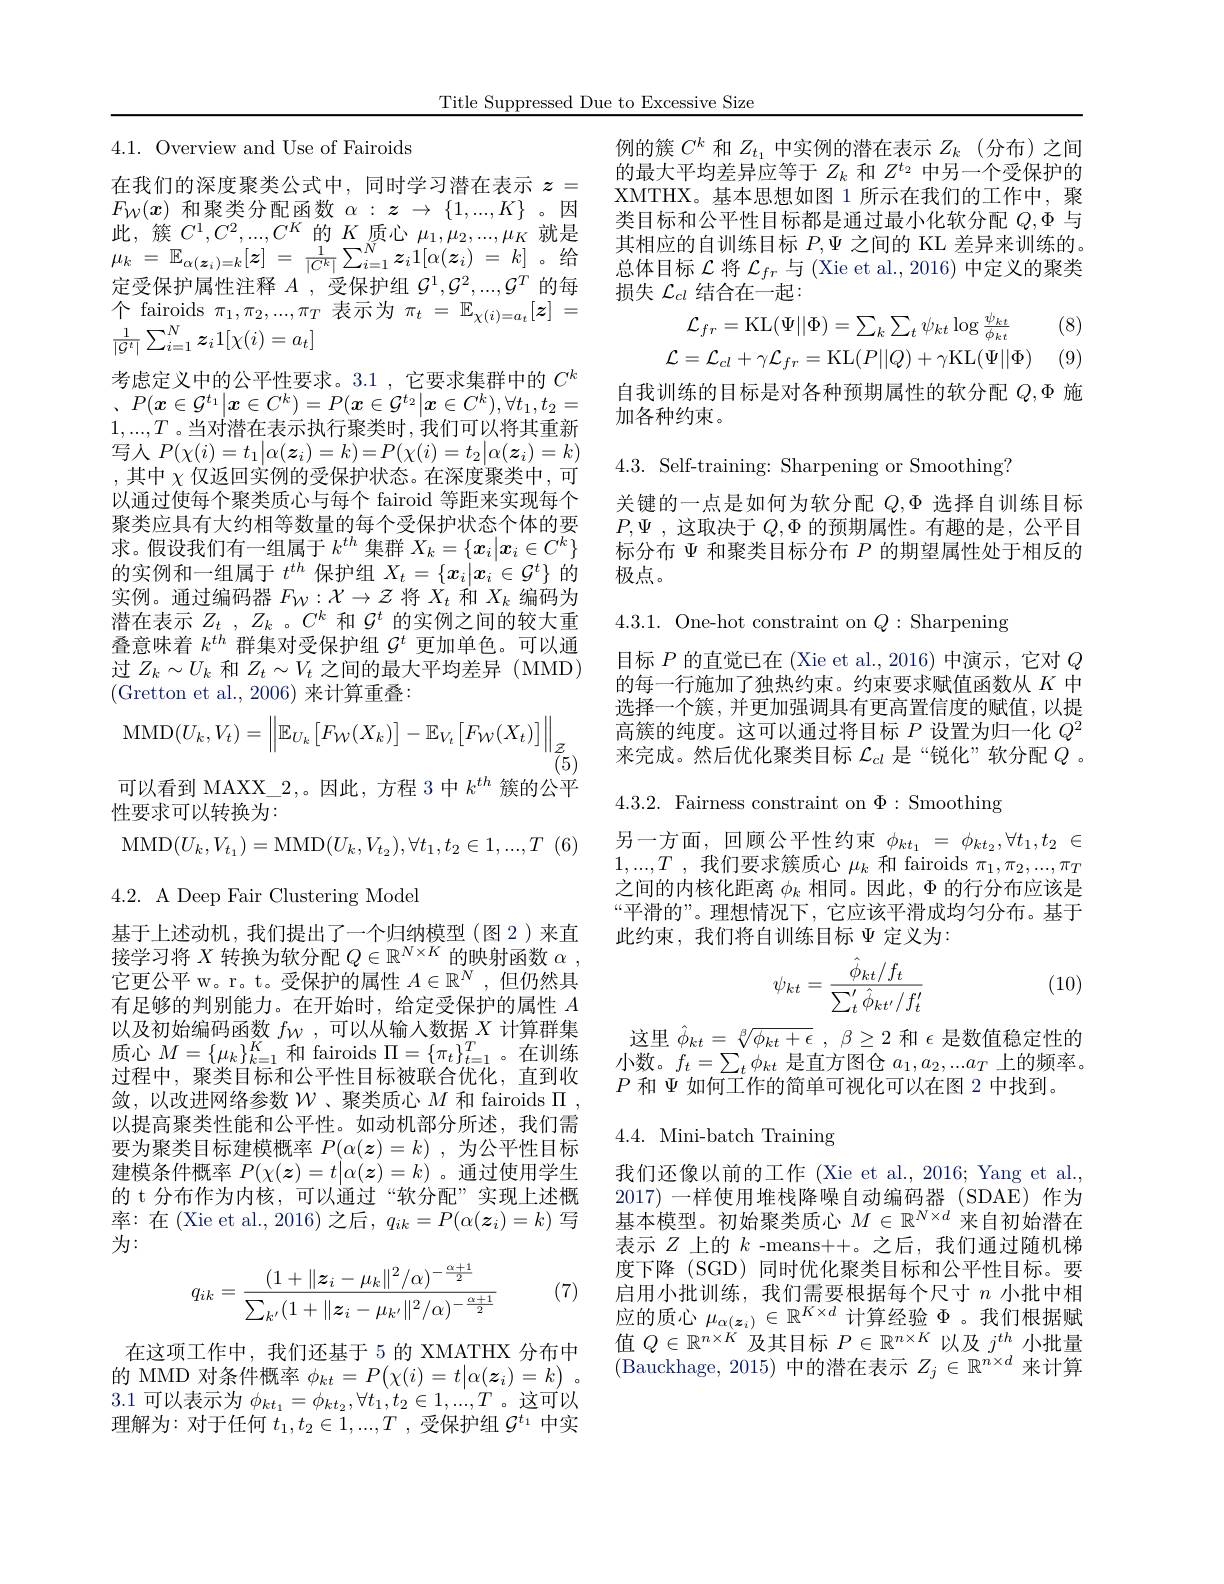
4.1. Overview and Use of Fairoids

在我们的深度聚类公式中，同时学习潜在表示$z=$ $F_{\mathcal{W}}(\boldsymbol{x})$ 和聚类分配函数$\alpha:z\to\{1,...,K\}$。因此，簇$C^1,C^2,...,C^K$的$K$质心$\mu_1,\mu_2,...,\mu_K$就是$\mu _{k}$ = $\mathbb{E} _{\alpha ( \boldsymbol{z}_{i}) = k}[ \boldsymbol{z}]$ = $\frac 1{| C^{k}| }\sum _{i= 1}^{N}\boldsymbol{z}_{i}1[ \alpha ( \boldsymbol{z}_{i})$ = $k]$。给定受保护属性注释$A$,受保护组$\mathcal{G}^1,\mathcal{G}^2,...,\mathcal{G}^T$的每个 fairoids $\pi_1,\pi_{2},...,\pi_{T}$表示为$\pi_t=\mathbb{E}_\chi(i)=a_{t}[\boldsymbol{z}]=$ $\frac{1}{|\mathcal G^t|}\sum_{i=1}^N\boldsymbol{z}_i1[\chi(i)=a_t]$
考虑定义中的公平性要求。3.1 ,它要求集群中的$C^k$ , $P( \boldsymbol{x}\in \mathcal{G} ^{t_1}| \boldsymbol{x}\in C^k) = P( \boldsymbol{x}\in \mathcal{G} ^{t_2}| \boldsymbol{x}\in C^k) , \forall t_1, t_2=$ $1,...,T$ 。当对潜在表示执行聚类时 ,我们可以将其重新写人$P(\chi(i)=t_{1}|\alpha(\boldsymbol{z}_{i})=k)=P(\chi(i)=t_{2}|\alpha(\boldsymbol{z}_{i})=k)$ ,其中$\chi$仅返回实例的受保护状态。在深度聚类中，可以通过使每个聚类质心与每个 fairoid 等距来实现每个聚类应具有大约相等数量的每个受保护状态个体的要求。假设我们有一组属于$k^th$集群$X_k=\{x_i|x_i\in C^k\}$ 的实例和一组属于$t^{th}$保护组$X_t=\{x_i|x_i\in\mathcal{G}^t\}$的实例。通过编码器$F_{\mathcal W}:\mathcal{X}\to\mathcal{Z}$将$X_t$和$X_k$编码为潜在表示$Z_t,Z_k$ 。$C^k$和$\mathcal{G}^t$的实例之间的较大重叠意味着$k^{th}$群集对受保护组$\mathcal{G}^t$更加单色。可以通过$Z_k\sim U_k$和$Z_t\sim V_t$之间的最大平均差异 (MMD) (Gretton et al.,2006)来计算重叠：
$$\mathrm{MMD}(U_{k},V_{t})=\left\|\mathbb{E}_{U_{k}}\left[F_{\mathcal{W}}(X_{k})\right]-\mathbb{E}_{V_{t}}\left[F_{\mathcal{W}}(X_{t})\right]\right\|_{\mathcal{Z}_{(5)}}$$
在这项工作中，我们还基于 5 的 XMATHX 分布中的 MMD 对条件概率$\phi _{kt}= P( \chi ( i) = t| \alpha ( \boldsymbol{z}_i) = k)$ 。3.1可以表示为$\phi_{kt_{1}}=\phi_{kt_{2}},\forall t_{1},t_{2}\in1,...,T$。这可以理解为：对于任何$t_1,t_2\in1,...,T$ ,受保护组$\mathcal{G}^t_1$中实

Title Suppressed Due to Excessive Size

$\tilde{(5)}$
可以看到 MAXX\_2,。因此，方程 3 中$k^{th}$簇的公平
性要求可以转换为：
$$\mathrm{MD}(U_{k},V_{t_{1}})=\mathrm{MMD}(U_{k},V_{t_{2}}),\forall t_{1},t_{2}\in1,...,T$$
4.2. A Deep Fair Clustering Model
基于上述动机，我们提出了一个归纳模型(图 2)来直接学习将$X$转换为软分配$Q\in\mathbb{R}^N\times K$的映射函数$\alpha$, 它更公平 w。r。t。受保护的属性$A\in\mathbb{R}^N$,但仍然具有足够的判别能力。在开始时，给定受保护的属性$A$ 以及初始编码函数$f_{\mathcal{W}}$,可以从输入数据$X$计算群集质心$M=\{\mu_k\}_{k=1}^K$和 fairoids $\Pi=\{\pi_t\}_t=1^T$。在训练过程中，聚类目标和公平性目标被联合优化，直到收敛，以改进网络参数$\mathcal{W}$、聚类质心$M$和 fairoids $\Pi$, 以提高聚类性能和公平性。如动机部分所述，我们需要为聚类目标建模概率$P(\alpha(\boldsymbol{z})=k)$,为公平性目标建模条件概率$P(\chi(\boldsymbol{z})=t|\alpha(\boldsymbol{z})=k)$ 。通过使用学生的 t 分布作为内核，可以通过“软分配”实现上述概率：在(Xie et al., 2016) 之后，$q_ik=P(\alpha(\boldsymbol{z}_i)=k)$写为：
$$q_{ik}=\frac{(1+\|\boldsymbol z_i-\mu_k\|^2/\alpha)^{-\frac{\alpha+1}{2}}}{\sum_{k'}(1+\|\boldsymbol z_i-\mu_{k'}\|^2/\alpha)^{-\frac{\alpha+1}{2}}}$$
(7)

例的簇$C^k$和$Z_t_1$中实例的潜在表示$Z_k$ (分布)之间的最大平均差异应等于$Z_k$和$Z^{t_2}$中另一个受保护的XMTHX。基本思想如图 1 所示在我们的工作中，聚类目标和公平性目标都是通过最小化软分配$Q,\Phi$与其相应的自训练目标$P,\Psi$之间的 KL 差异来训练的。总体目标$\mathcal{L}$将$\mathcal{L}_fr$与 (Xie et al., 2016) 中定义的聚类损失$\mathcal{L}_{cl}$结合在一起
$$\mathcal{L}_{fr}=\mathrm{KL}(\Psi||\Phi)=\sum_{k}\sum_{t}\psi_{kt}\log\frac{\psi_{kt}}{\phi_{kt}}\\\mathcal{L}=\mathcal{L}_{cl}+\gamma\mathcal{L}_{fr}=\mathrm{KL}(P||Q)+\gamma\mathrm{KL}(\Psi||\Phi)$$
(8)

自我训练的目标是对各种预期属性的软分配$Q,\Phi$施
加各种约束。

4.3. Self-training: Sharpening or Smoothing?

关键的一点是如何为软分配$Q,\Phi$选择自训练目标$P, \Psi$ , 这取决于 $Q,\Phi$ 的预期属性。有趣的是，公平目标分布$\Psi$和聚类目标分布$P$的期望属性处于相反的极点。

4.3.1. One-hot constraint on $Q:$Sharpening

目标$P$的直觉已在 (Xie et al.,2016) 中演示，它对$Q$ 的每一行施加了独热约束。约束要求赋值函数从$K$中选择一个簇，并更加强调具有更高置信度的赋值，以提高簇的纯度。这可以通过将目标$P$设置为归一化$Q^2$ 来完成。然后优化聚类目标$\mathcal{L}_{cl}$是“锐化”软分配$Q$ 。

4.3.2. Fairness constraint on $\Phi:$ Smoothing

另一方面，回顾公平性约束$\phi_kt_1=\phi_{kt_2},\forall t_1,t_2\in$ $1,...,T$ ,我们要求簇质心$\mu_k$和 fairoids $\pi_1,\pi_2,...,\pi_T$ 之间的内核化距离$\phi_k$相同。因此，$\Phi$的行分布应该是“平滑的”。理想情况下，它应该平滑成均匀分布。基于此约束，我们将自训练目标$\Psi$定义为：

(10)
$$\psi_{kt}=\frac{\hat{\phi}_{kt}/f_t}{\sum_t^{\prime}\hat{\phi}_{kt'}/f_t'}$$
这里$\hat{\phi } _{kt}= \sqrt [ \beta ] {\phi _{kt}+ \epsilon }$ , $\beta \geq 2$和$\epsilon$是数值稳定性的小数。$f_t=\sum_t\phi_{kt}$是直方图仓$a_1,a_2,...a_T$上的频率。$P$和$\Psi$如何工作的简单可视化可以在图 2 中找到。

## 4.4. Mini-batch Training

我们还像以前的工作 (Xie et al., 2016; Yang et al., 2017) 一样使用堆栈降噪自动编码器 (SDAE) 作为基本模型。初始聚类质心$M\in\mathbb{R}^{N\times d}$来自初始潜在表示$Z$上的$k$ -means++。之后，我们通过随机梯度下降 (SGD) 同时优化聚类目标和公平性目标。要启用小批训练，我们需要根据每个尺寸$n$小批中相应的质心$\mu_{\alpha(\boldsymbol{z}_i)}\in\mathbb{R}^{K\times d}$计算经验$\Phi$ 。我们根据赋值$Q\in\mathbb{R}^n\times\dot{K}$及其目标$P\in\mathbb{R}^n\times K$以及$j^th$小批量$({\overline{\text{Bauckhage, 2015) 中的潜在表示 }}}Z_j\in\mathbb{R}^{n\times d}$来计算